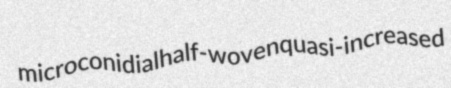
microconidial half-woven quasi-increased